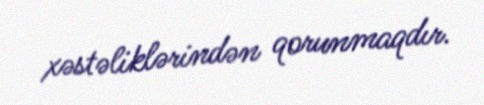
xəstəliklərindən qorunmaqdır.